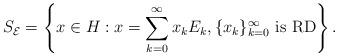
LaTeX: \begin{align*}S_\mathcal{E}=\left\{x\in H: x=\sum_{k=0}^\infty x_kE_k, \{x_k\}_{k=0}^\infty \textrm{ is RD}\right\}.\end{align*}